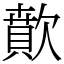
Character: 歕